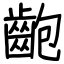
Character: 齙